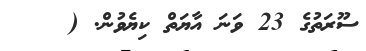
ސޫރަތުގެ 23 ވަނަ އާޔަތް ކިޔެވުން. (